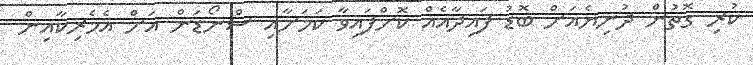
ކުރި ގޮތުން ދުނިޔެއަށް ބޮޑު ފައިދާއެއް ކޮށްފައިވާ ކަމަށާއި ސްނޯޑަން އަށް އެމެރިކާއިން